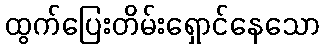
ထွက်ပြေးတိမ်းရှောင်နေသော